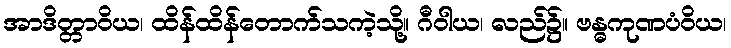
အာဒိတ္တာဝိယ၊ ထိန်ထိန်တောက်သကဲ့သို့။ ဂီဝါယ၊ လည်၌။ ဗန္ဓကုဏပံဝိယ၊